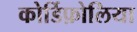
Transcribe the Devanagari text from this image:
कोर्डिफ़ोलिया